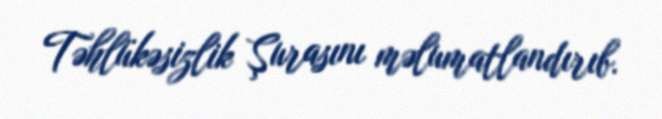
Təhlükəsizlik Şurasını məlumatlandırıb.